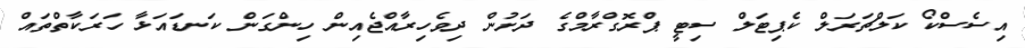
އިސެސްކޯ ކަލްޗަރަލް ކެޕިޓަލް ސިޓީ ޕްރޮގްރާމްގެ ދަށުން ދިވެހިރާއްޖެއިން ހިންގަން ކަނޑައަޅާ ހަރަކާތްތައް